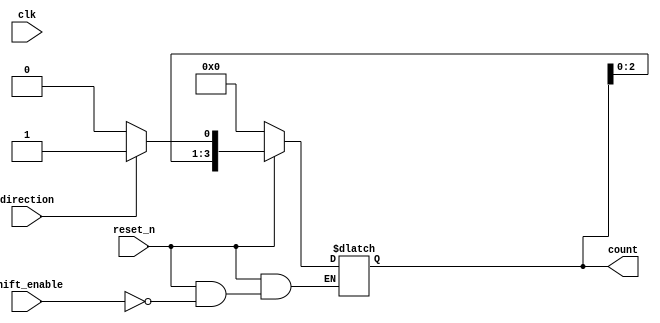
module async_shift_counter (
    input wire clk,                // Clock signal
    input wire reset_n,            // Active-low asynchronous reset
    input wire shift_enable,        // Shift enable signal
    input wire direction,           // Direction control: 0 = down, 1 = up
    output reg [3:0] count         // 4-bit counter output
);

    // Asynchronous reset and shift operation
    always @* begin
        // Reset the counter to 0 when reset_n is low
        if (!reset_n) begin
            count = 4'b0000; // Set count to 0
        end else if (shift_enable) begin
            // Shift up or down based on direction
            if (direction) begin
                // Counting up: Shift left and set LSB to 1
                count = {count[2:0], 1'b1};
            end else begin
                // Counting down: Shift left and set LSB to 0
                count = {count[2:0], 1'b0};
            end
        end else begin
            // Hold the current state if not shifting
            count = count;
        end
    end
endmodule